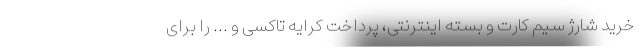
خرید شارژ سیم کارت و بسته اینترنتی، پرداخت کرایه تاکسی و ... را برای